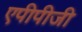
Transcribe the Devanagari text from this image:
एपीपीजी